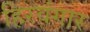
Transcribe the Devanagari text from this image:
हिरवंगार